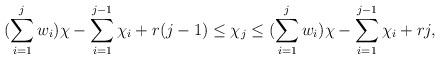
LaTeX: \begin{align*} (\sum\limits_{i=1}^j w_i)\chi - \sum\limits_{i=1}^{j-1}\chi_i + r(j-1) \leq \chi_j \leq (\sum\limits_{i=1}^j w_i)\chi - \sum\limits_{i=1}^{j-1}\chi_i + rj, \end{align*}